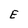
Character: E